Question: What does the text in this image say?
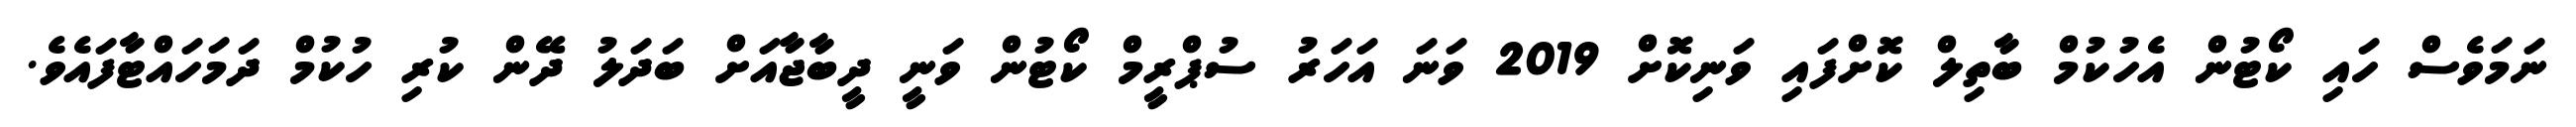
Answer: ނަމަވެސް ހައި ކޯޓުން އެހުކުމް ބާތިލް ކޮށްފައި ވަނިކޮށް 2019 ވަނަ އަހަރު ސުޕްރީމް ކޯޓުން ވަނީ ދީބާޖާއަށް ބަދަލު ދޭން ކުރި ހުކުމް ދަމަހައްޓާފައެވެ.